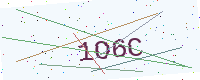
Text: 1O6C